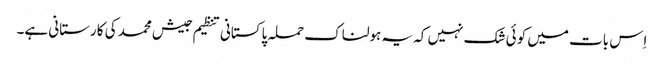
اِس بات میں کوئی شک نہیں کہ یہ ہولناک حملہ پاکستانی تنظیم جیش محمد کی کارستانی ہے۔